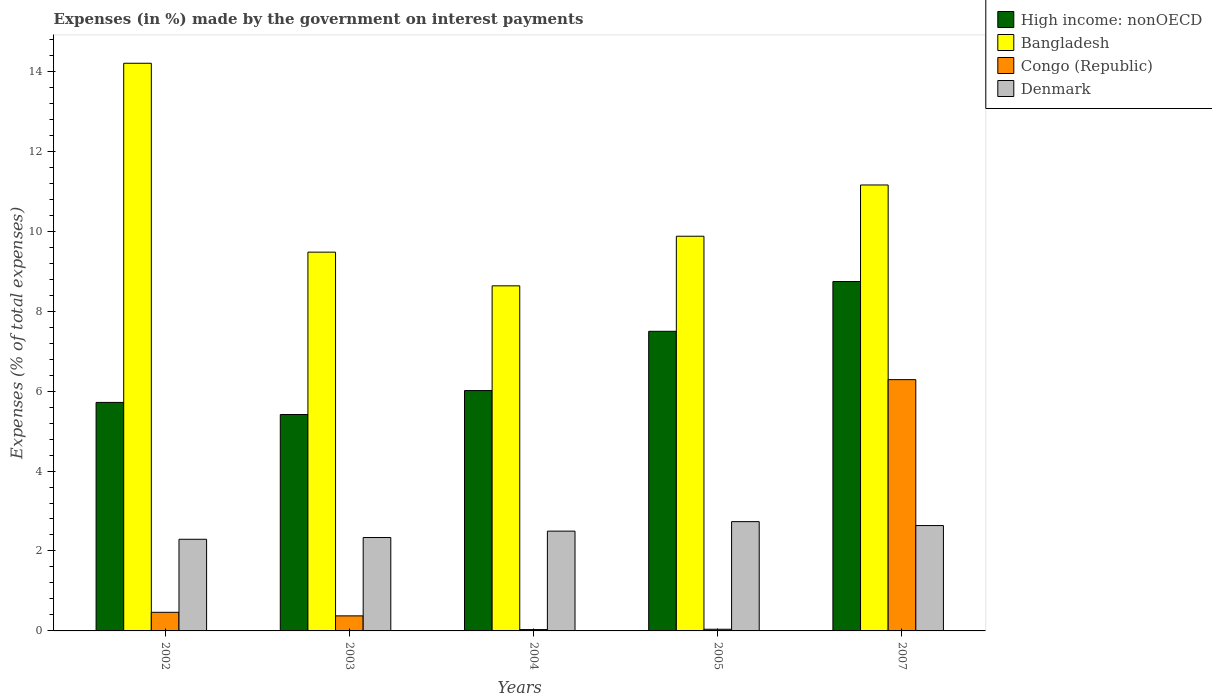
| Years | High income: nonOECD | Bangladesh | Congo (Republic) | Denmark |
 | --- | --- | --- | --- | --- |
 | 2002 | 5.72 | 14.2 | 0.466 | 2.29 |
 | 2003 | 5.41 | 9.48 | 0.377 | 2.34 |
 | 2004 | 6.01 | 8.63 | 0.0339 | 2.5 |
 | 2005 | 7.5 | 9.87 | 0.0418 | 2.73 |
 | 2007 | 8.74 | 11.2 | 6.29 | 2.64 |